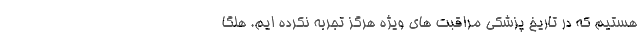
هستیم که در تاریخ پزشکی مراقبت های ویژه هرگز تجربه نکرده ایم. هلگا